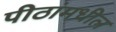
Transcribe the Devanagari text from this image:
पीठांमधील